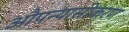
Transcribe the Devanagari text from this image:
औपन्यासीकरण